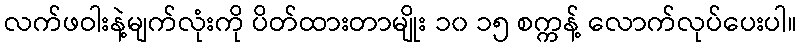
လက်ဖဝါးနဲ့မျက်လုံးကို ပိတ်ထားတာမျိုး ၁၀ ၁၅ စက္ကန့် လောက်လုပ်ပေးပါ။